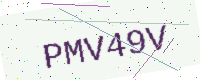
Text: PMV49V